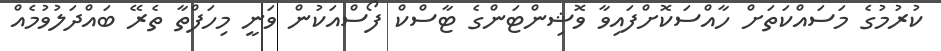
ކުރުމުގެ މަސައްކަތަށް ހާއްސަކޮށްފައިވާ ވޮޝިންޓަންގެ ޓާސްކް ފޯސްއަކުން ވަނީ މިހަފްތާ ތެރޭ ބައްދަލުވުމެއް